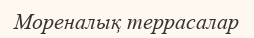
Мореналық террасалар